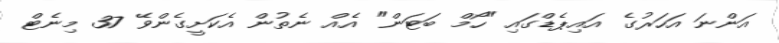
އަންނަ އަހަރުގެ އައިޕެޑްގައި "ހޯމް ބަޓަން" އެއް ނެތުން އެކަށީގެންވޭ 37 މިނެޓް